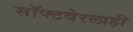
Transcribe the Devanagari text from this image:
सॉफ्टवेरलाही